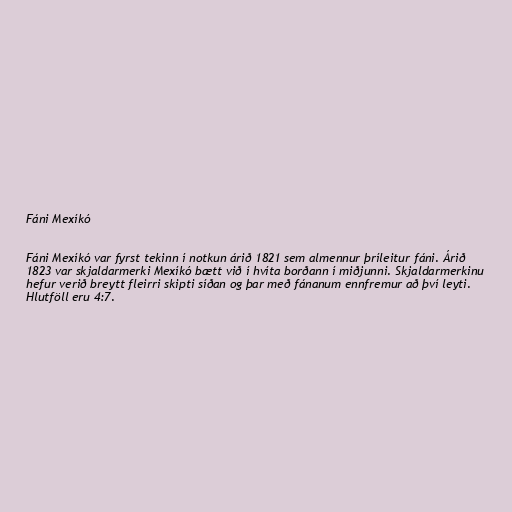
Fáni Mexíkó

Fáni Mexíkó var fyrst tekinn í notkun árið 1821 sem almennur þríleitur fáni. Árið
1823 var skjaldarmerki Mexíkó bætt við í hvíta borðann í miðjunni. Skjaldarmerkinu
hefur verið breytt fleirri skipti síðan og þar með fánanum ennfremur að því leyti.
Hlutföll eru 4:7.